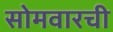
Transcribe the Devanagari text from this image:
सोमवारची